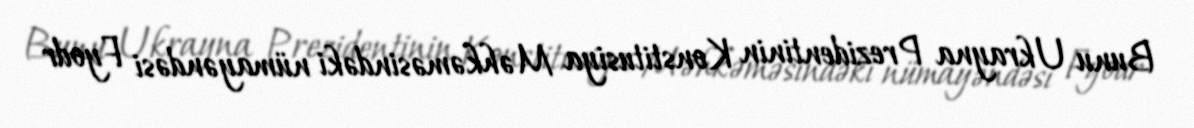
Bunu Ukrayna Prezidentinin Konstitusiya Məhkəməsindəki nümayəndəsi Fyodr